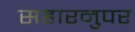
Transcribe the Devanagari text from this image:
सहारनुपर